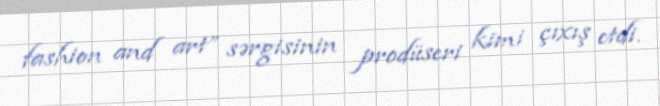
fashion and art” sərgisinin prodüseri kimi çıxış etdi.